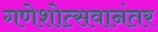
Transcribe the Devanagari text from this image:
गणेशोत्सवानंतर